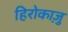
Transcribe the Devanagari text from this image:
हिरोकाज़ु